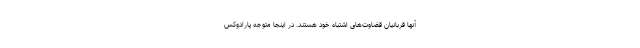
آنها قربانیان قضاوت‌های اشتباه خود هستند. در اینجا متوجه پارادوکس